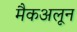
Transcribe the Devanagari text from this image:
मैकअलून